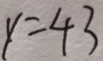
y = 4 3